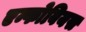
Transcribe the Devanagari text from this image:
एन्फोबियस